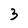
Character: 3